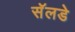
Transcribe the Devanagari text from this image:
सॅलडे